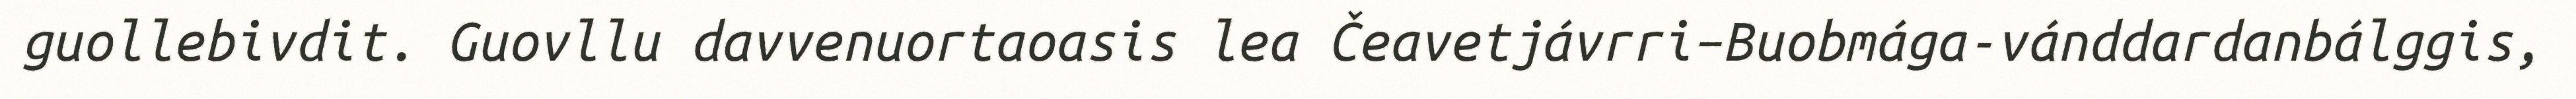
guollebivdit. Guovllu davvenuortaoasis lea Čeavetjávrri–Buobmága-vánddardanbálggis,